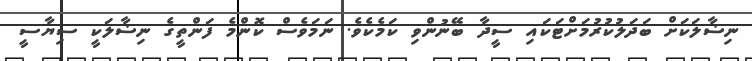
ނިޟާލަކަށް ބަދަލުކުރުމަށްޓަކައި ސީދާ ބޭނުންވި ކަމެކެވެ. ނަމަވެސް ކޮންމެ ފަންތީގެ ނިޟާލަކީ ސިޔާސީ